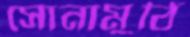
সোনামুঠি